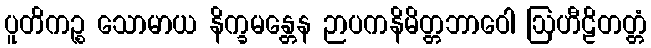
ပူတိကဉ္စ သောမာယ နိက္ခမန္တေန ဉာပကနိမိတ္တဘာဝေါ ဩဟီဠိတတ္တံ